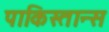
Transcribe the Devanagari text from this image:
पाकिस्तान्स